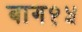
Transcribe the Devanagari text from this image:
बाग१५